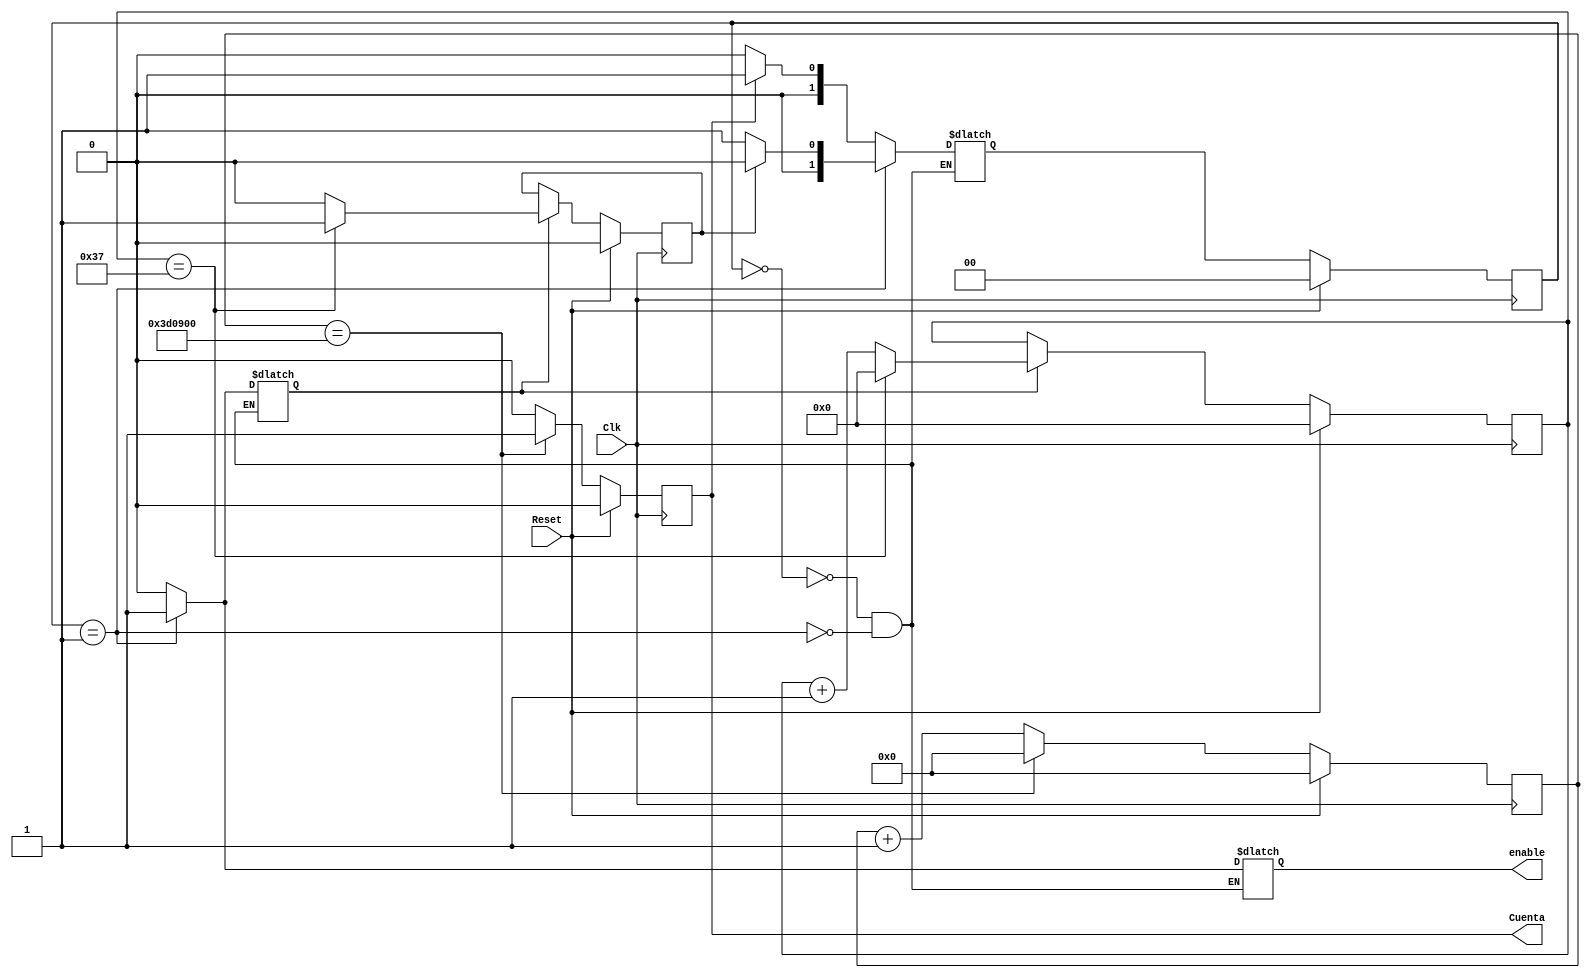
module Counter (Clk, Reset, Cuenta, enable);
   
   input Clk;
   input Reset;
   output reg Cuenta; 
  
   parameter N = 4000000;    // 40us -> 25KHz.

   reg [21:0] Contador1;     // Clk Spartan 6: 100MHz.	

   parameter retardo = 55;   // 625ns -> 1.6MHz.
   reg [6:0] tiempo;         // Clk Spartan 6: 100MHz.	
   output reg enable; 
   reg Contador; 
   reg contar;    

always @ (posedge Clk) begin

	  if (Reset) begin
         tiempo <= 0;
         Contador <= 0;
	  end else if (contar) begin 
						if (tiempo == retardo) begin
                      tiempo <= 0;
                      Contador <= 1;
                  end else begin
                      tiempo <= tiempo + 1;
                      Contador <= 0;
	               end
     end
     end
     
	reg [1:0] EstadoActual, EstadoSiguiente;
   parameter enable0=0;
   parameter enable1=1;

always @ (negedge Clk) begin
	    if (Reset) EstadoActual <= enable0;
	        else 
           EstadoActual <= EstadoSiguiente;
	    end


always @ (*) begin
  	    case (EstadoActual)

	          enable0:    	if (!Cuenta) EstadoSiguiente <= enable0;
  	                  
																else EstadoSiguiente <= enable1;


	          enable1:  	  if (!Contador) EstadoSiguiente <= enable1;
			              
																else EstadoSiguiente <= enable0;

       endcase
end

always @ (*) begin
  	    case (EstadoActual)

       enable0: begin
                enable = 0;
                contar = 0;
                end
      
       enable1: begin
                enable = 1;
                contar = 1;
                end
       endcase
end
   

always @ (posedge Clk) begin
       if (Reset) begin
           Contador1 <= 0;
           Cuenta <= 0;
       end else begin
           if (Contador1 == N) begin
               Contador1 <= 0;
               Cuenta <= 1;
               end else begin
                   Contador1 <= Contador1 + 1;
                   Cuenta <= 0;
               end
            end
       end

endmodule